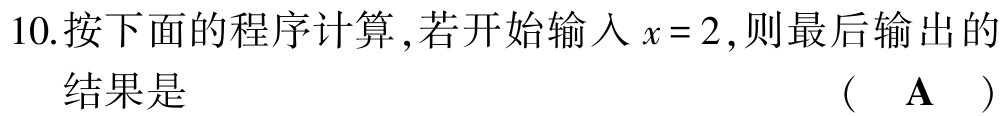
10.按下面的程序计算 ,若开始输入\(x = 2\),则最后输出的
结果是  （  A  ）